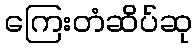
ကြေးတံဆိပ်ဆု